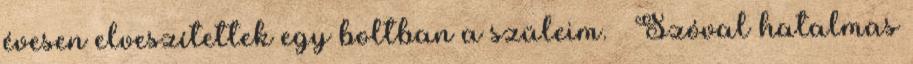
évesen elveszítettek egy boltban a szüleim. 😅 Szóval hatalmas